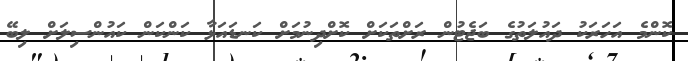
ކޮންމެ އަހަރަކު ދައުލަތުގެ ބަޖެޓުން ރަށްތަކަށް ކޮށްދިނުމަށް ކަނޑައަޅާ ކަންކަން ކައުންސިލަށް ލިބޭ